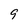
Character: 9